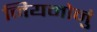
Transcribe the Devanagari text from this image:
नियमोनुं